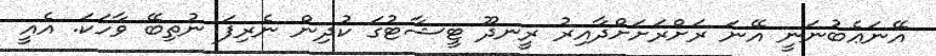
އޭނަޢެބުނަނީ އޭނަ ރަށްރަށަށްދާއިރު ރީނދޫ ޓީޝާޓުގަ ކުދިން ނެރިފަ ނުތިބޭ ވާހަކަ. އެއީ